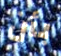
بأن